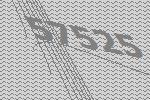
57525